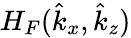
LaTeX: H_{F}(\hat{k}_{x},\hat{k}_{z})